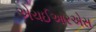
એચઈઆરએસ